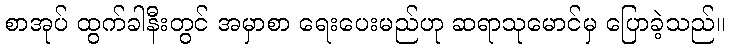
စာအုပ် ထွက်ခါနီးတွင် အမှာစာ ရေးပေးမည်ဟု ဆရာသုမောင်မှ ပြောခဲ့သည်။